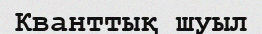
Кванттық шуыл